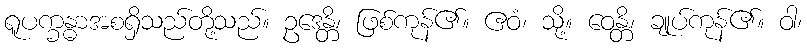
ရူပက္ခန္ဓာအစရှိသည်တို့သည်။ ဥဒေန္တိ၊ ဖြစ်ကုန်၏။ ဧဝံ၊ သို့။ ဝေန္တိ၊ ချုပ်ကုန်၏။ ဝါ၊